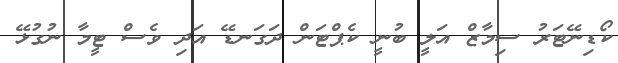
ކޯޑިނޭޓަރު ސިމާޒް އަލީ ބުނީ ކެޕްޓަން ދަގަނޑޭ އަދި ވެސް ޓީމާ ނުގުޅޭ